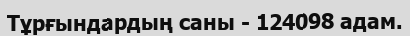
Тұрғындардың саны - 124098 адам.